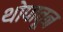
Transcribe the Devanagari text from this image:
थोपावून